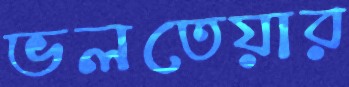
ভলতেয়ার